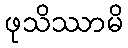
ဖုသိဿာမိ